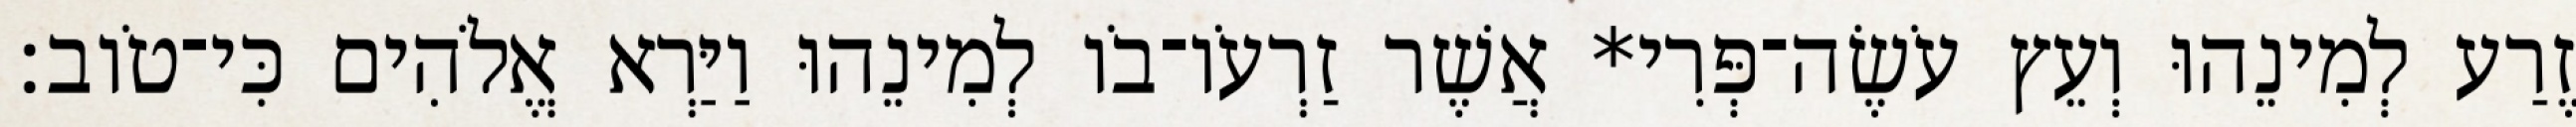
זֶרַע לְמִינֵהוּ וְעֵץ עֹשֶׂה־פְּרִי* אֲשֶׁר זַרְעֹו־בֹו לְמִינֵהוּ וַיַּרְא אֱלֹהִים כִּי־טֹוב׃